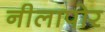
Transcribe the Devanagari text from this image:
नीलापोर